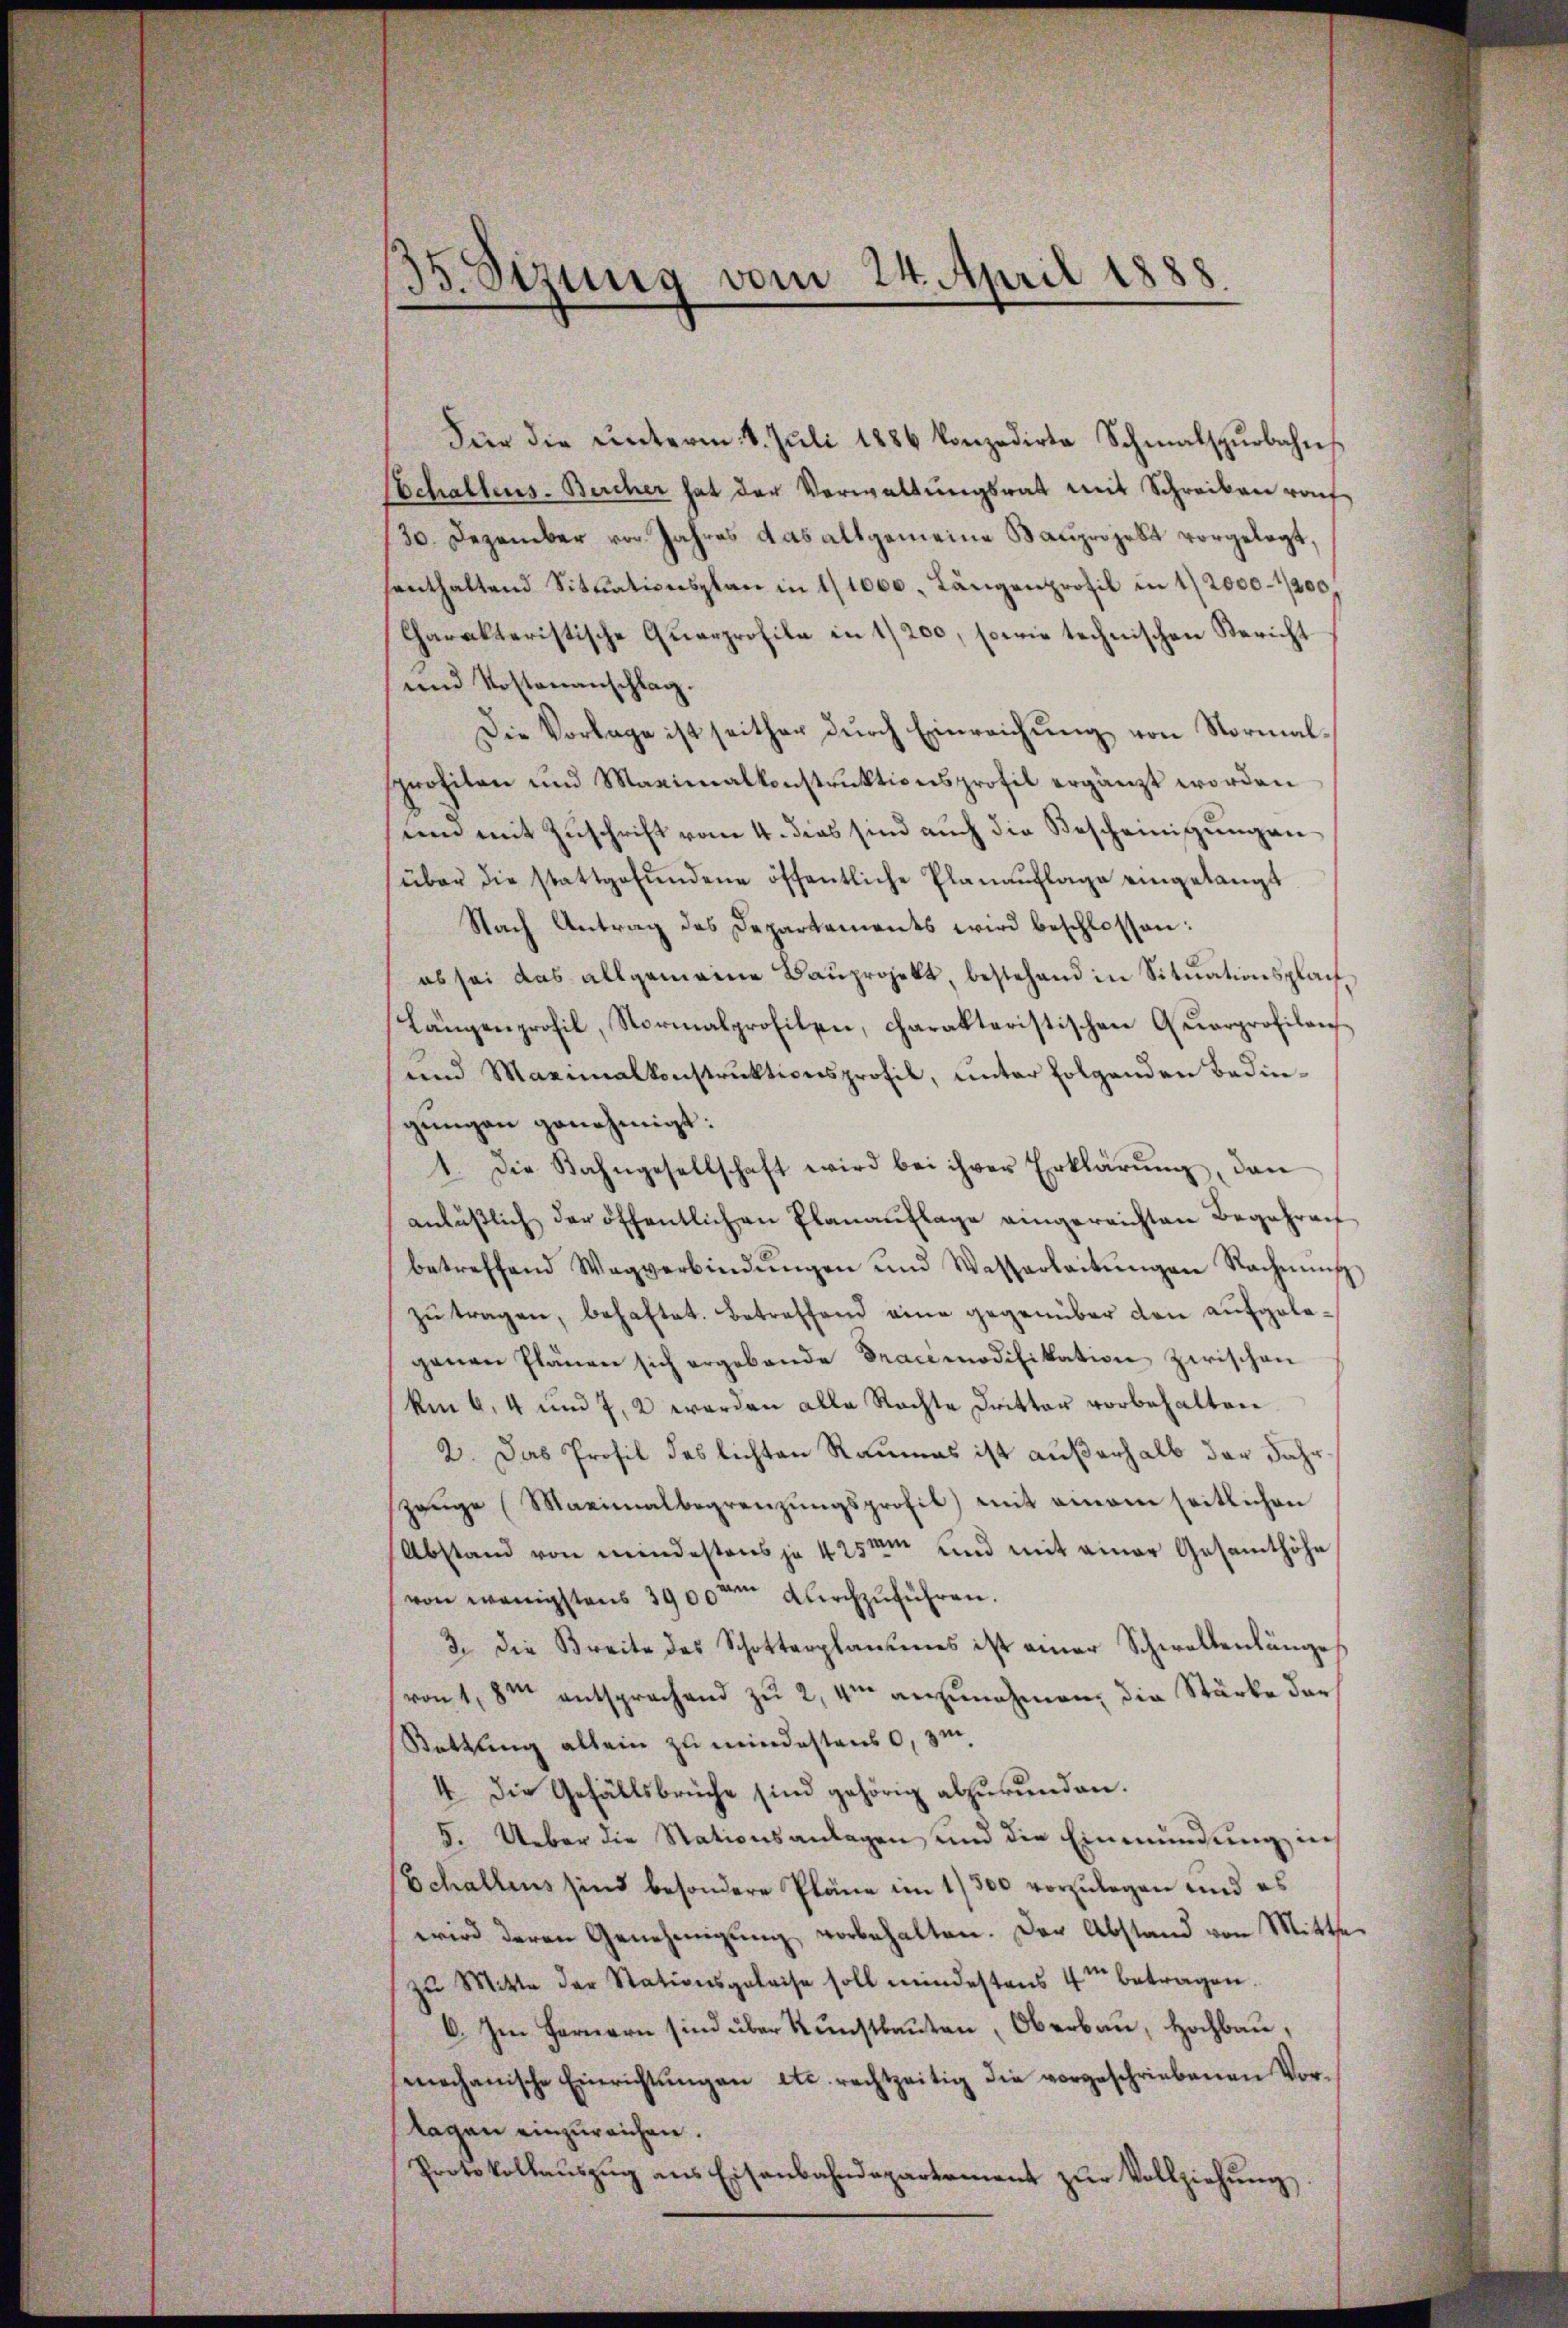
Für die unterm 4. Juli 1886 konzedirte Schmalspurbahns
Schallens-Bercher hat der Verwaltŭngsrat mit Schreiben raf
20. Dezember von Jahres das altgemeine Bauprojekt vorgelegt,
senthaltend Sitŭationsplan in 1/1000. Längenprofil in 12000-1200
Charakteristische Quarprofile in 1200, sowie technischen Bericht
und Kostenanschlag.
Die Vorlage ist seither durch Einreichung von Normalsprofiten und Maximalkonstruktionsprofil ergänzt worden
nem mit Zuschrift vom 4. dies sind auch die Bescheinigung anüber die stattgefŭndene öffentliche Planaŭflage eingelangt
Nach Antrag des Departements wird beschlossen:
es sei das allgemeine Baŭprojekt, bestehend in Sitŭationsplan¬
Längenprofil, Normalprofilen, charakteristischen Quarprofilanz
und Maximalkonstrŭktionsprofil, ŭnter folgenden Bedingŭngen genehmigt:
1. Die Bahngesellschaft wird bei ihrer Erklärŭng, dan
anläβlich der öffentlichen Planaŭflage eingereichten Begehren
betreffend Wagverbindŭngen und Wesserleitŭngen Nachnŭng
zŭ tragen, behaftet. Betreffend eine gegenüber den aufgelegenen Plänen sich ergebende Tracemodifikation zwischen
Am 6. 4 und 7, 2 werden alle Rechte Dritter vorbehalten
2. Das Profil des lichten Raumes ist außerhalb der Jahr
zeŭge (Maximalbegrenzŭngsprofil) mit einem seitlichen
Abstand von mindestens je 425 und mit einer Gesamthöhe
von wenigstens 3900 durchzuführen.
3. die Breite des Schotterplanes ist einer Schwaltenlänges
von 1,8m entsprochend zu 2, um anzunehmen, die Stärke der
Kattung allein zu mindestens 0,3m
4. Die Gefällsbrüche sind gehörig abzurunden.
5. Ueber die Stationsanlagen, und die Einmündung in
Echallens sind besondere Pläne im 1/300 vorzulegen und es
wird deren Genehmigŭng vorbehalten. Der Abstand von Mitthe
zŭ Mitte der Stationsgeleise soll mindestens 4 betragen.
C. Im Fernern sind über Kunstbauten, Oberbau, Hochbau,
mechanische Einrichtungen etc. rechtzeitig die vorgeschriebenen Vorlagen einzureichen.
Protokollauszug aus Eisenbahndepartement zur Vollziehung,

35. Sizung vom 24. April 1888.